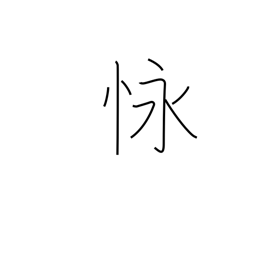
Meaning: endure